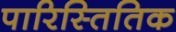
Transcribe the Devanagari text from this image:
पारिस्तितिक